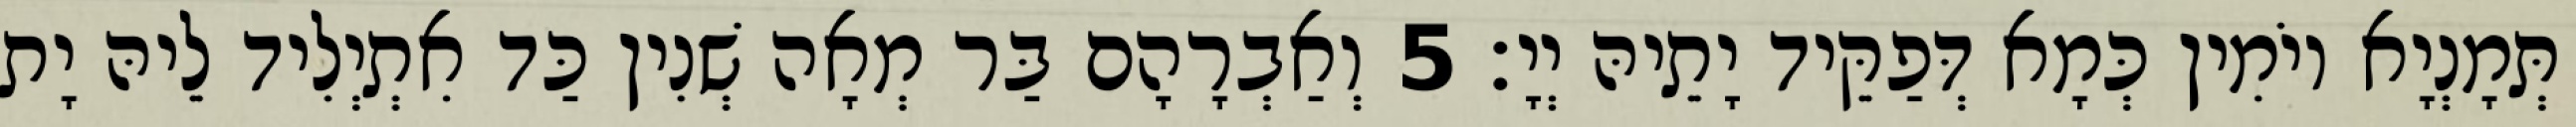
תְּמָנְיָא יוֹמִין כְּמָא דְּפַקֵּיד יָתֵיהּ יְיָ׃ 5 וְאַבְרָהָם בַּר מְאָה שְׁנִין כַּד אִתְיְלִיד לֵיהּ יָת